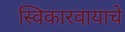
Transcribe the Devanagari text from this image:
स्विकारवायाचे